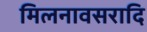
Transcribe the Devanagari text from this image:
मिलनावसरादि